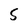
Character: 5